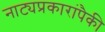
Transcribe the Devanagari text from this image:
नाट्यप्रकारांपैकी